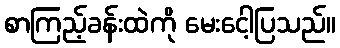
စာကြည့်ခန်းထဲကို မေးငေါ့ပြသည်။